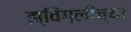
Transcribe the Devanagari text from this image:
झ्विंग्लीच्या